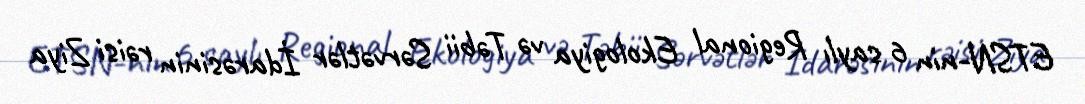
ETSN-nin 6 saylı Regional Ekologiya və Təbii Sərvətlər İdarəsinin rəisi Ziya